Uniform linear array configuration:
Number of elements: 4
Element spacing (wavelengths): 0.5
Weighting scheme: cosine
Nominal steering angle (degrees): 0
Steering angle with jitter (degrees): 0.1494
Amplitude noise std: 0.05
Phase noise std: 0.05

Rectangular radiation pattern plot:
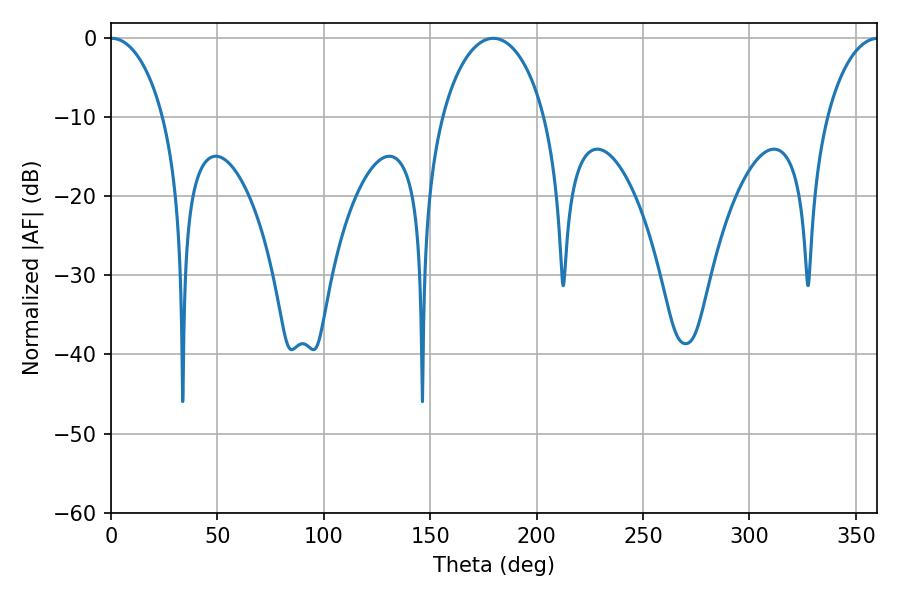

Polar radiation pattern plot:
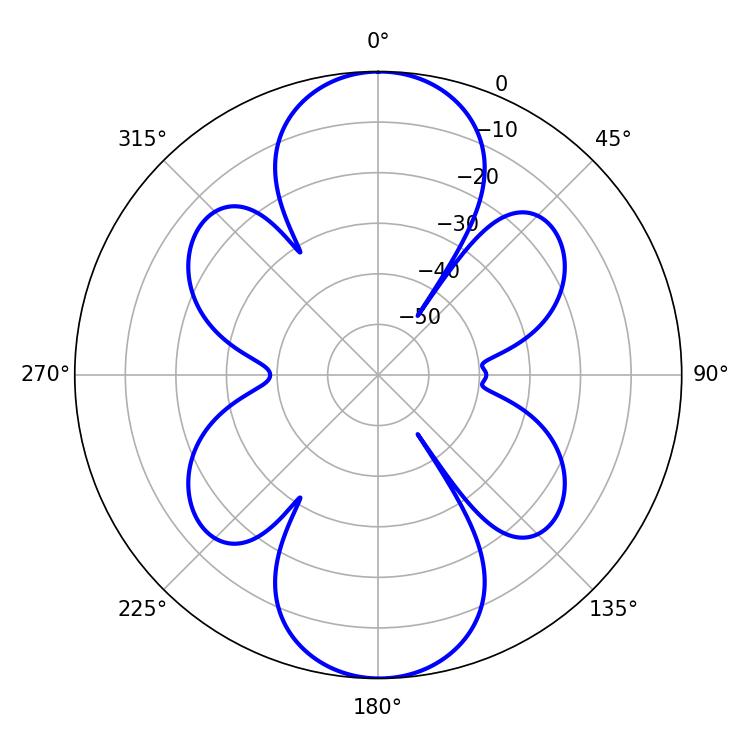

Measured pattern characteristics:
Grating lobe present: FALSE
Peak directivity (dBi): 30.873
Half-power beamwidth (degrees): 14.22
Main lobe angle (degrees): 0.36